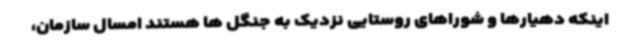
اینکه دهیارها و شوراهای روستایی نزدیک به جنگل ها هستند امسال سازمان،